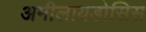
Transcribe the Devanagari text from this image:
अमीलायडोसिस